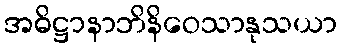
အဓိဋ္ဌာနာဘိနိဝေသာနုသယာ